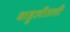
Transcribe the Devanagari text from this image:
बाहुलीतली